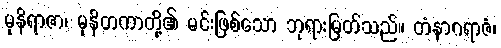
မုနိရာဇာ၊ မုနိတကာတို့၏ မင်းဖြစ်သော ဘုရားမြတ်သည်။ တံနာဂရာဇံ၊